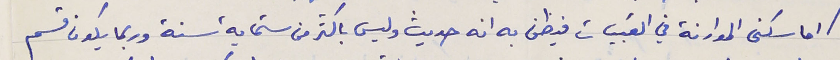
اما سكنى الموارنة في القبيات فيظن به انه حديث وليس باكثر من ستماية سنة وربما يكون قسم